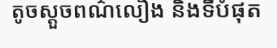
តូចស្តួចពណ៌លឿង និងទីបំផុត